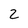
Character: 2